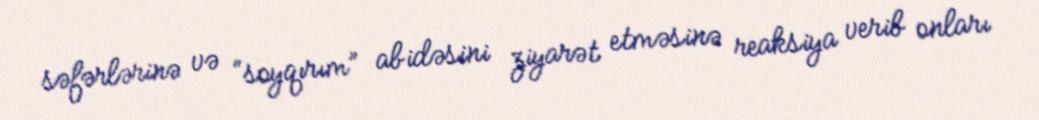
səfərlərinə və “soyqırım” abidəsini ziyarət etməsinə reaksiya verib onları